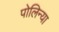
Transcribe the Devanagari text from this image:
पोलिन्या